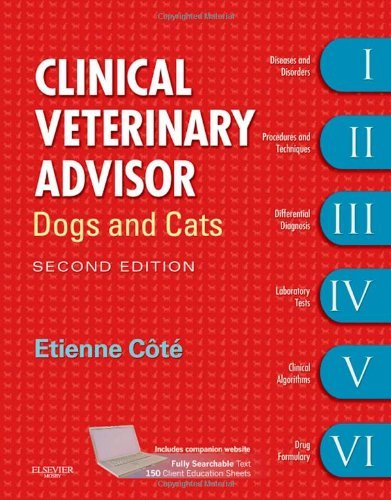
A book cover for By Etienne Cote DVM DACVIM(Cardiology and Small Animal Internal Medicine): Clinical Veterinary Advisor: Dogs and Cats, 2e Second (2nd) Edition; -Author-; Medical Books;